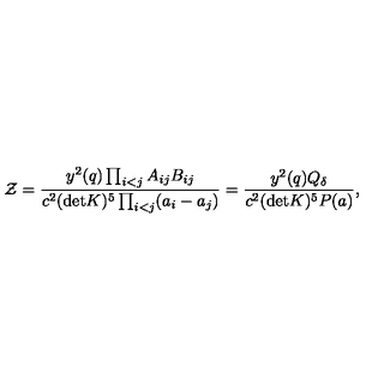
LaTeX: { \cal Z } = { \frac { y ^ { 2 } ( q ) \prod _ { i < j } A _ { i j } B _ { i j } } { c ^ { 2 } ( \mathrm { d e t } K ) ^ { 5 } \prod _ { i < j } ( a _ { i } - a _ { j } ) } } = { \frac { y ^ { 2 } ( q ) Q _ { \delta } } { c ^ { 2 } ( \mathrm { d e t } K ) ^ { 5 } P ( a ) } } ,